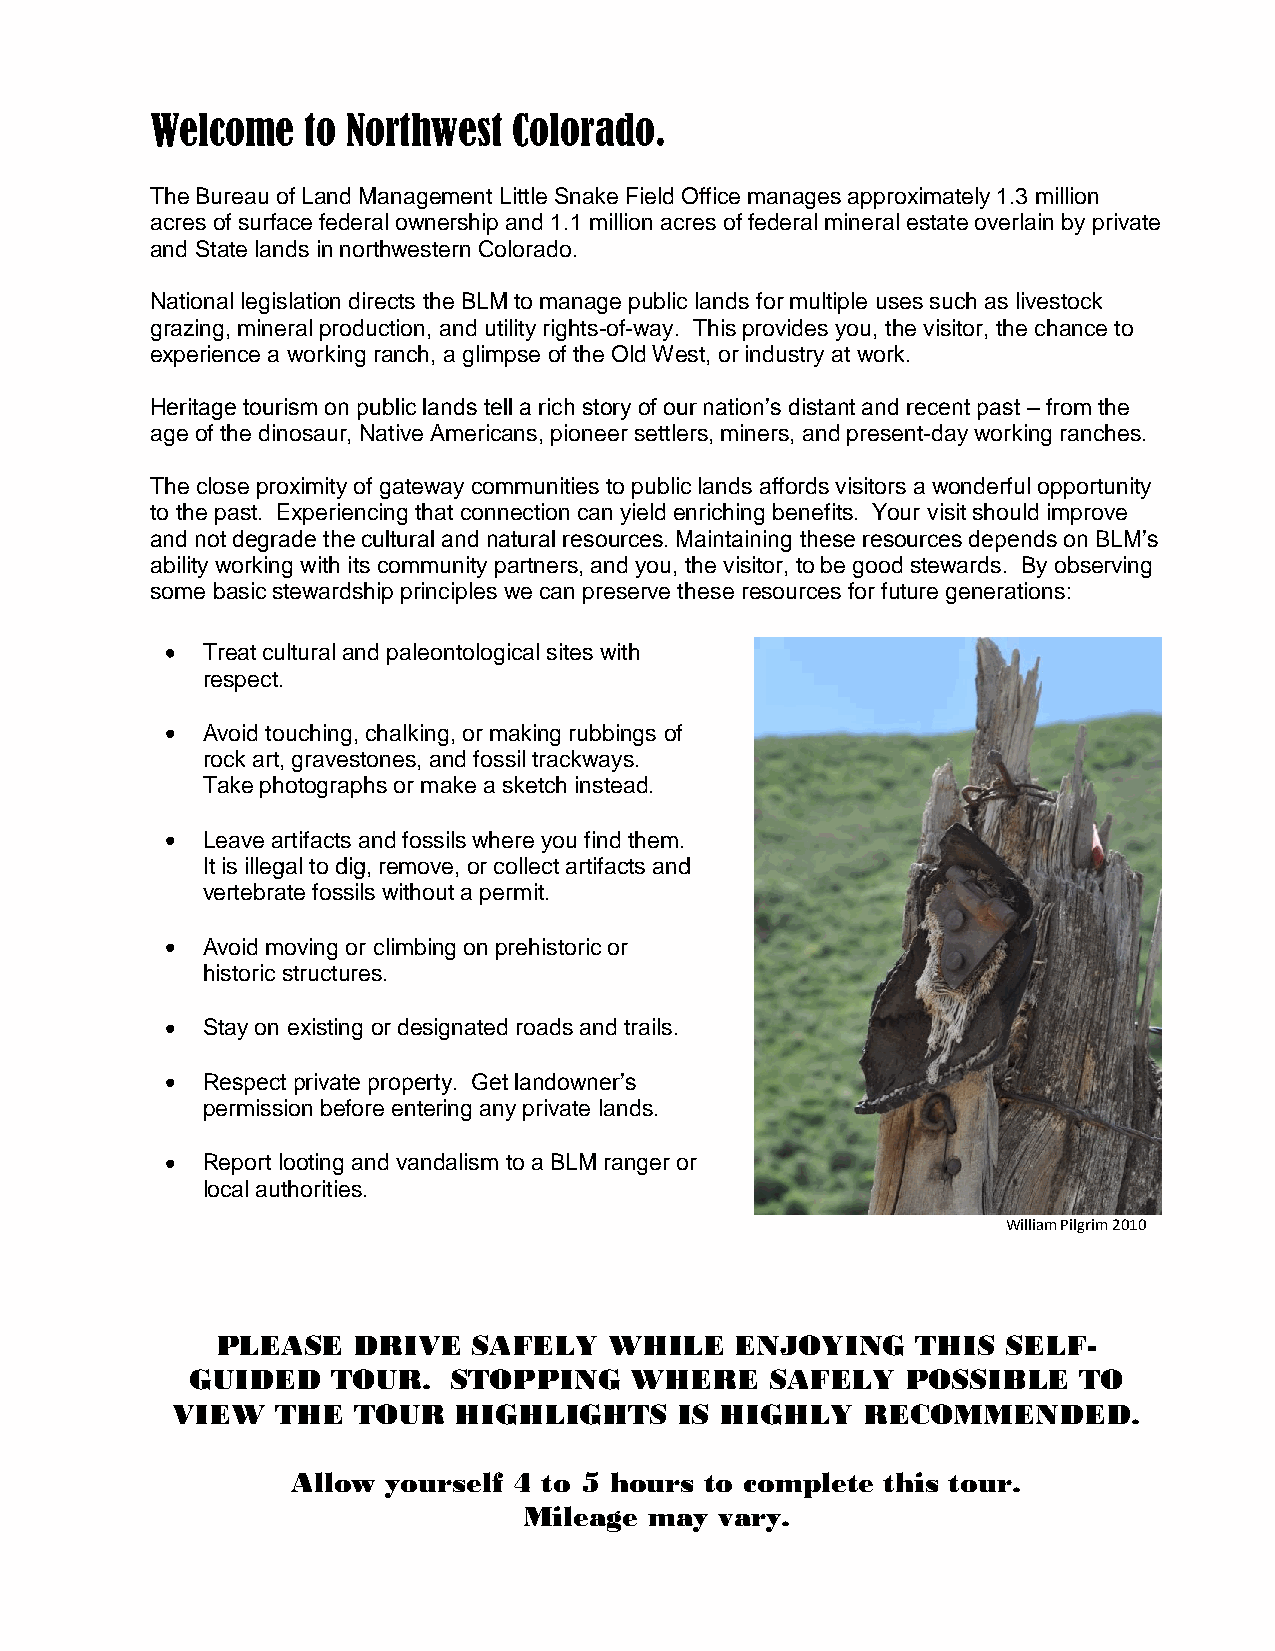
Welcome   to Northwest  Colorado.
 The Bureau of Land Management Little Snake Field Office manages approximately 1.3 million
 acres of surface federal ownership and 1.1 million acres of federal mineral estate overlain by private
 and State lands in northwestern Colorado.
 National legislation directs the BLM to manage public lands for multiple uses such as livestock
 grazing, mineral production, and utility rights-of-way. This provides you, the visitor, the chance to
 experience a working ranch, a glimpse of the Old West, or industry at work.
 Heritage tourism on public lands tell a rich story of our nation’s distant and recent past – from the
 age of the dinosaur, Native Americans, pioneer settlers, miners, and present-day working ranches.
 The close proximity of gateway communities to public lands affords visitors a wonderful opportunity
 to the past. Experiencing that connection can yield enriching benefits. Your visit should improve
 and not degrade the cultural and natural resources. Maintaining these resources depends on BLM’s
 ability working with its community partners, and you, the visitor, to be good stewards. By observing
 some basic stewardship principles we can preserve these resources for future generations:
 Treat cultural and paleontological sites with
 respect.
 Avoid touching, chalking, or making rubbings of
 rock art, gravestones, and fossil trackways.
 Take photographs or make a sketch instead.
 Leave artifacts and fossils where you find them.
 It is illegal to dig, remove, or collect artifacts and
 vertebrate fossils without a permit.
 Avoid moving or climbing on prehistoric or
 historic structures.
 Stay on existing or designated roads and trails.
 Respect private property. Get landowner’s
 permission before entering any private lands.
 Report looting and vandalism to a BLM ranger or
 local authorities.
 William Pilgrim 2010
 PLEASE   DRIVE   SAFELY   WHILE    ENJOYING    THIS  SELF-
 GUIDED    TOUR.   STOPPING    WHERE    SAFELY   POSSIBLE   TO
 VIEW   THE  TOUR   HIGHLIGHTS     IS HIGHLY   RECOMMENDED.
 Allow  yourself 4 to 5 hours to complete this tour.
 Mileage may  vary.